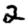
Digit: 2